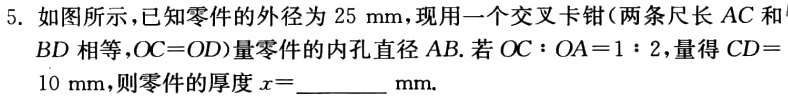
5. 如图所示，已知零件的外径为\(25\mathrm{mm}\)，现用一个交叉卡钳（两条尺长\(AC\)和\(BD\)相等，\(OC = OD\)）量零件的内孔直径\(AB\). 若\(OC:OA = 1:2\)，量得\(CD = 10\mathrm{mm}\)，则零件的厚度\(x = \_\_\_\_\_\mathrm{mm}\).